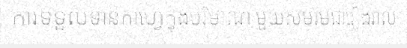
ការទទួលទានកាហ្វេក្នុងបរិមាណ មួយសមរមជារៀងរាល់